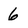
Character: 6